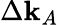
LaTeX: \Delta\textbf{k}_{A}